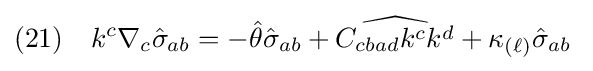
(21)\quad k^{c}\nabla _{c}{\hat {\sigma }}_{ab}=-{\hat {\theta }}{\hat {\sigma }}_{ab}+{\widehat {C_{cbad}k^{c}k^{d}}}+\kappa _{(\ell )}{\hat {\sigma }}_{ab}\;